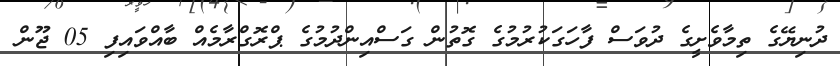
ދުނިޔޭގެ ތިމާވެށީގެ ދުވަސް ފާހަގަކުރުމުގެ ގޮތުން ގަސްއިންދުމުގެ ޕްރޮގްރާމެއް ބާއްވައިފި 05 ޖޫން